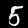
Label: 5